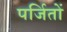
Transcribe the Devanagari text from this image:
पर्जितों